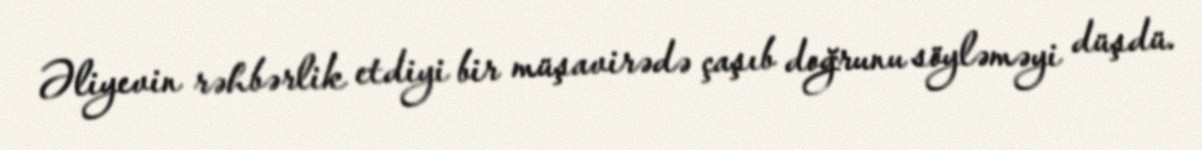
Əliyevin rəhbərlik etdiyi bir müşavirədə çaşıb doğrunu söyləməyi düşdü.